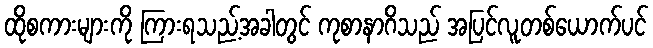
ထိုစကားများကို ကြားရသည့်အခါတွင် ကုစာနာဂိသည် အပြင်လူတစ်ယောက်ပင်